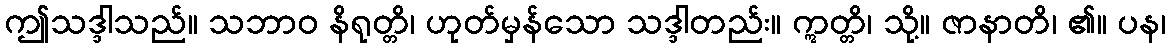
ဤသဒ္ဒါသည်။ သဘာဝ နိရုတ္တိ၊ ဟုတ်မှန်သော သဒ္ဒါတည်း။ ဣတ္တိ၊ သို့။ ဇာနာတိ၊ ၏။ ပန၊